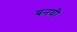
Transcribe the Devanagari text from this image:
बनयी